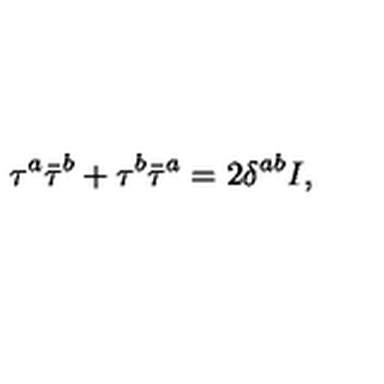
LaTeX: \tau ^ { a } \bar { \tau } ^ { b } + \tau ^ { b } \bar { \tau } ^ { a } = 2 \delta ^ { a b } I ,